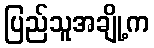
ပြည်သူအချို့က